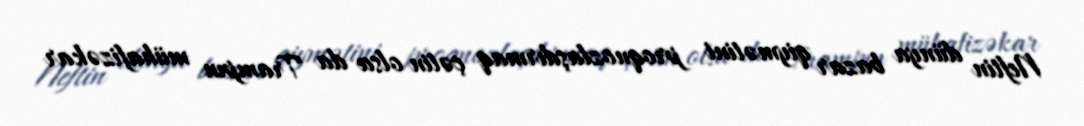
Neftin dünya bazar qiymətini proqnozlaşdırmaq çətin olsa da Trampın mühafizəkar